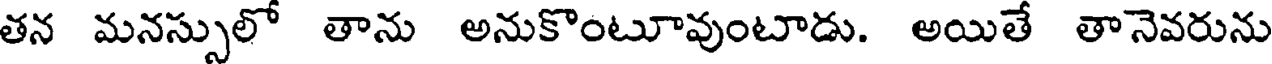
తన మనస్సులో తాను అనుకొంటూవుంటాడు. అయితే తానెవరును